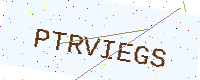
Text: PTRVIEGS